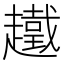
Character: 䟈